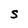
Character: S